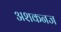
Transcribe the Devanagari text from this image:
अशकनज